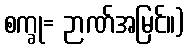
စက္ခု= ဉာဏ်အမြင်။)